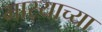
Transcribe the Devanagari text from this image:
मार्‍याच्या